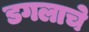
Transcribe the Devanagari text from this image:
डगलाचे